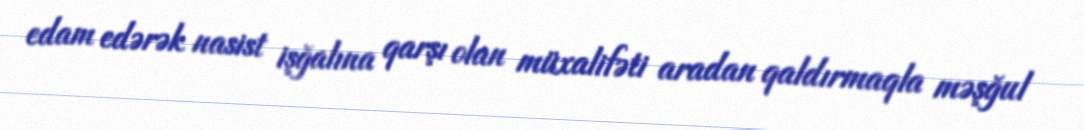
edam edərək nasist işğalına qarşı olan müxalifəti aradan qaldırmaqla məşğul